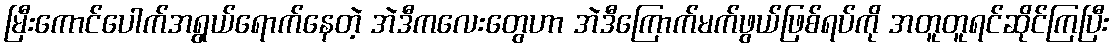
မြီးကောင်ပေါက်အရွယ်ရောက်နေတဲ့ အဲဒီကလေးတွေဟာ အဲဒီကြောက်မက်ဖွယ်ဖြစ်ရပ်ကို အတူတူရင်ဆိုင်ကြပြီး